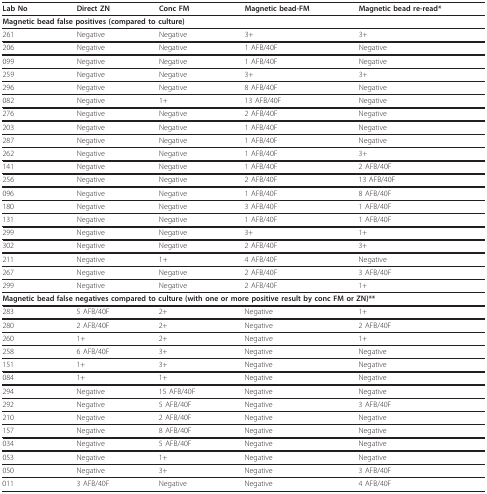
<table><thead><tr><td><b>Lab No</b></td><td><b>Direct ZN</b></td><td><b>Conc FM</b></td><td><b>Magnetic bead-FM</b></td><td><b>Magnetic bead re-read*</b></td></tr></thead><tbody><tr><td colspan="5"><b>Magnetic bead false positives (compared to culture)</b></td></tr><tr><td>261</td><td>Negative</td><td>Negative</td><td>3+</td><td>3+</td></tr><tr><td>206</td><td>Negative</td><td>Negative</td><td>1 AFB/40F</td><td>Negative</td></tr><tr><td>099</td><td>Negative</td><td>Negative</td><td>1 AFB/40F</td><td>Negative</td></tr><tr><td>259</td><td>Negative</td><td>Negative</td><td>3+</td><td>3+</td></tr><tr><td>296</td><td>Negative</td><td>Negative</td><td>8 AFB/40F</td><td>Negative</td></tr><tr><td>082</td><td>Negative</td><td>1+</td><td>13 AFB/40F</td><td>Negative</td></tr><tr><td>276</td><td>Negative</td><td>Negative</td><td>2 AFB/40F</td><td>Negative</td></tr><tr><td>203</td><td>Negative</td><td>Negative</td><td>1 AFB/40F</td><td>Negative</td></tr><tr><td>287</td><td>Negative</td><td>Negative</td><td>1 AFB/40F</td><td>Negative</td></tr><tr><td>262</td><td>Negative</td><td>Negative</td><td>1 AFB/40F</td><td>3+</td></tr><tr><td>141</td><td>Negative</td><td>Negative</td><td>1 AFB/40F</td><td>2 AFB/40F</td></tr><tr><td>256</td><td>Negative</td><td>Negative</td><td>2 AFB/40F</td><td>13 AFB/40F</td></tr><tr><td>096</td><td>Negative</td><td>Negative</td><td>1 AFB/40F</td><td>8 AFB/40F</td></tr><tr><td>180</td><td>Negative</td><td>Negative</td><td>3 AFB/40F</td><td>1 AFB/40F</td></tr><tr><td>131</td><td>Negative</td><td>Negative</td><td>1 AFB/40F</td><td>1 AFB/40F</td></tr><tr><td>299</td><td>Negative</td><td>Negative</td><td>3+</td><td>1+</td></tr><tr><td>302</td><td>Negative</td><td>Negative</td><td>2 AFB/40F</td><td>3+</td></tr><tr><td>211</td><td>Negative</td><td>1+</td><td>4 AFB/40F</td><td>Negative</td></tr><tr><td>267</td><td>Negative</td><td>Negative</td><td>2 AFB/40F</td><td>3 AFB/40F</td></tr><tr><td>299</td><td>Negative</td><td>Negative</td><td>2 AFB/40F</td><td>1+</td></tr><tr><td colspan="5"><b>Magnetic bead false negatives compared to culture (with one or more positive result by conc FM or ZN)**</b></td></tr><tr><td>283</td><td>5 AFB/40F</td><td>2+</td><td>Negative</td><td>1+</td></tr><tr><td>280</td><td>2 AFB/40F</td><td>2+</td><td>Negative</td><td>2 AFB/40F</td></tr><tr><td>260</td><td>1+</td><td>2+</td><td>Negative</td><td>1+</td></tr><tr><td>258</td><td>6 AFB/40F</td><td>3+</td><td>Negative</td><td>Negative</td></tr><tr><td>151</td><td>1+</td><td>3+</td><td>Negative</td><td>Negative</td></tr><tr><td>084</td><td>1+</td><td>1+</td><td>Negative</td><td>Negative</td></tr><tr><td>294</td><td>Negative</td><td>15 AFB/40F</td><td>Negative</td><td>Negative</td></tr><tr><td>292</td><td>Negative</td><td>5 AFB/40F</td><td>Negative</td><td>3 AFB/40F</td></tr><tr><td>210</td><td>Negative</td><td>2 AFB/40F</td><td>Negative</td><td>Negative</td></tr><tr><td>157</td><td>Negative</td><td>8 AFB/40F</td><td>Negative</td><td>Negative</td></tr><tr><td>034</td><td>Negative</td><td>5 AFB/40F</td><td>Negative</td><td>Negative</td></tr><tr><td>053</td><td>Negative</td><td>1+</td><td>Negative</td><td>Negative</td></tr><tr><td>050</td><td>Negative</td><td>3+</td><td>Negative</td><td>3 AFB/40F</td></tr><tr><td>011</td><td>3 AFB/40F</td><td>Negative</td><td>Negative</td><td>4 AFB/40F</td></tr></tbody></table>